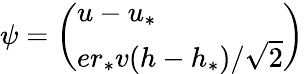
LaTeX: \psi=\left(\begin{array}{l}{{u-u_{*}}}\\ {{er_{*}v(h-h_{*})/\sqrt{2}}}\end{array}\right)